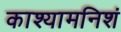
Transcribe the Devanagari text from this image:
काश्यामनिशं